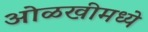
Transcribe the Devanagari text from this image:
ओळखीमध्ये